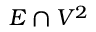
E \cap V ^ { 2 }